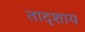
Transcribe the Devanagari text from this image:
तादृशाय